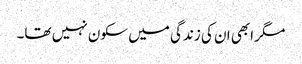
مگر ابھی ان کی زندگی میں سکون نہیں تھا۔